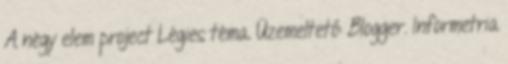
A négy elem project Légies téma. Üzemeltető: Blogger. Informetria